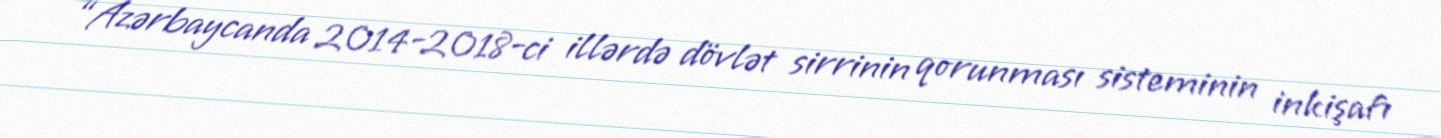
“Azərbaycanda 2014-2018-ci illərdə dövlət sirrinin qorunması sisteminin inkişafı